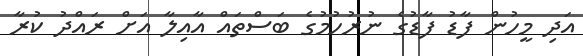
އަދި މީހުން ފާޑު ފާޑުގެ ނުރުހުމުގެ ބަސްތައް އާއިލާ އަށް ރައްދު ކުރާ